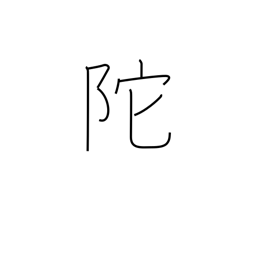
Meaning: steep